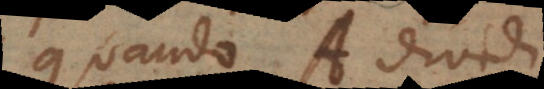
quando A dividi